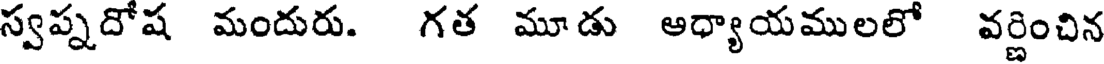
స్వప్నదోష మందురు. గత మూడు ఆధ్యాయములలో వర్ణించిన